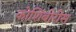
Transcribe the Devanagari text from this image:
कोशिंबीरीस